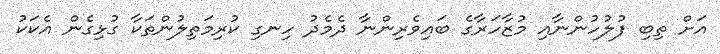
އަށް ތިބި ފުލުހުންނާއި މުޒާހަރާގެ ބައިވެރިންނާ ދެމެދު ހިނގި ކުރިމަތިލުންތަކާ ގުޅިގެން އެކަކު